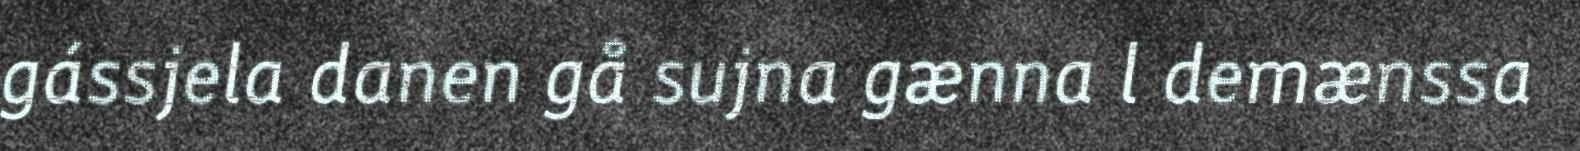
gássjela danen gå sujna gænna l demænssa